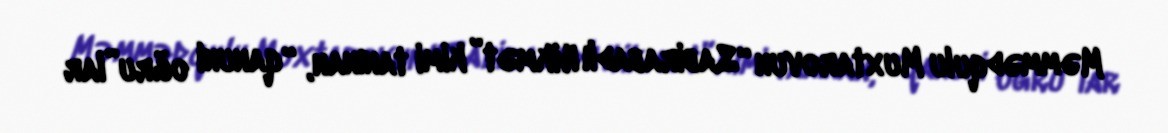
Məmmədqulu Muxtarovun “Sabirabadlı Hikmət” kimi tanınan, “qanuni oğru”lar